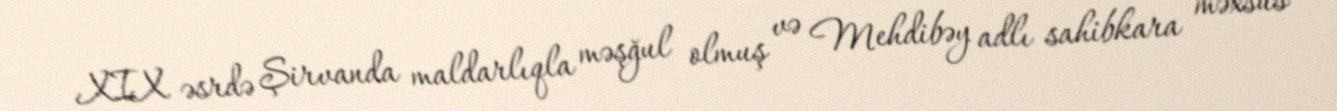
XIX əsrdə Şirvanda maldarlıqla məşğul olmuş və Mehdibəy adlı sahibkara məxsus